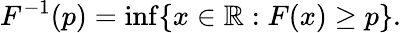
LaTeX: F^{-1}(p)=\operatorname*{inf}\{ x\in\mathbb{R}:F(x)\geq p\} .